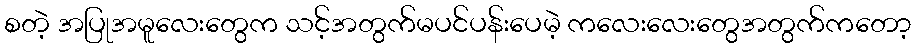
စတဲ့ အပြုအမူလေးတွေက သင့်အတွက်မပင်ပန်းပေမဲ့ ကလေးလေးတွေအတွက်ကတော့